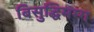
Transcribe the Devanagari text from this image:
बिसुद्धिमग्ग